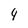
Character: 4